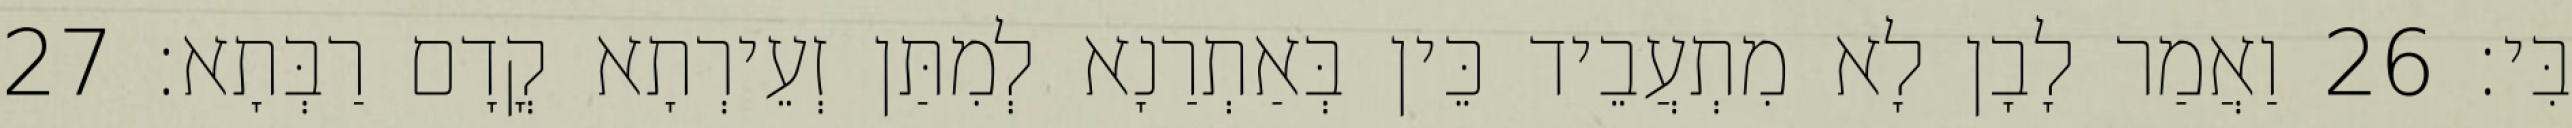
בִּי׃ 26 וַאֲמַר לָבָן לָא מִתְעֲבֵיד כֵּין בְּאַתְרַנָא לְמִתַּן זְעֵירְתָא קֳדָם רַבְּתָא׃ 27